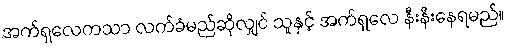
အက်ရှလေကသာ လက်ခံမည်ဆိုလျှင် သူနှင့် အက်ရှလေ နီးနီးနေရမည်။